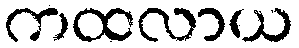
ကထလာယ